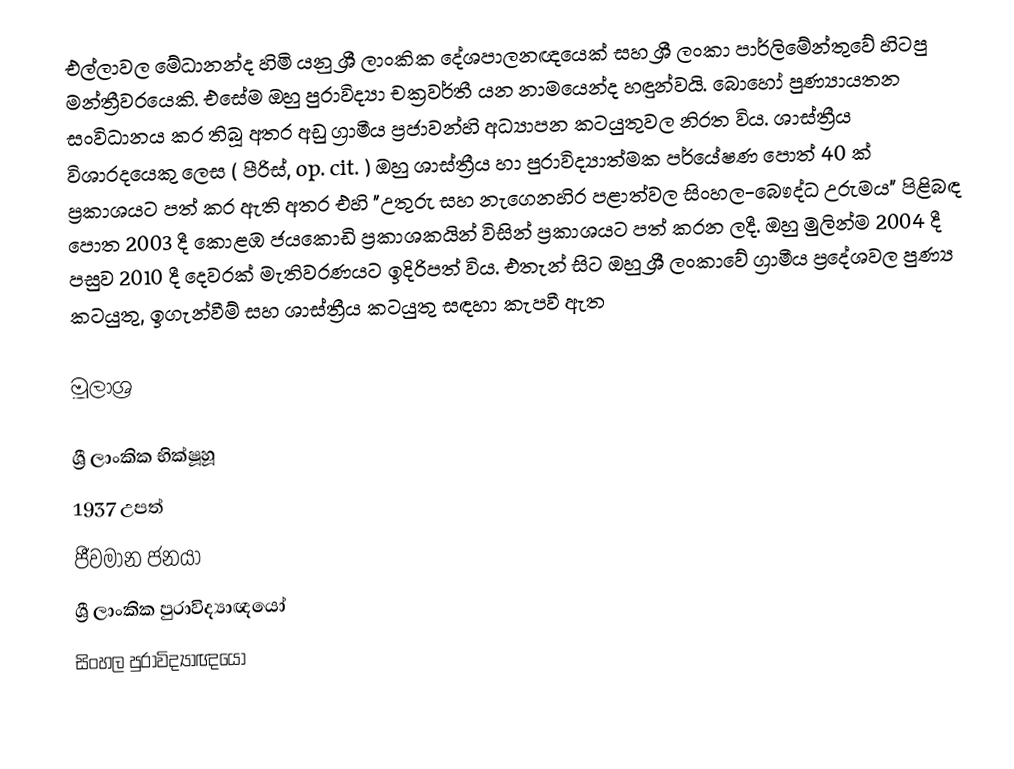
එල්ලාවල මේධානන්ද හිමි යනු ශ්‍රී ලාංකික දේශපාලනඥයෙක් සහ ශ්‍රී ලංකා පාර්ලිමේන්තුවේ හිටපු මන්ත්‍රීවරයෙකි. එසේම ඔහු පුරාවිද්‍යා චක්‍රවර්තී යන නාමයෙන්ද හඳුන්වයි.   බොහෝ පුණ්‍යායතන සංවිධානය කර තිබූ අතර අඩු ග්‍රාමීය ප්‍රජාවන්හි අධ්‍යාපන කටයුතුවල නිරත විය.  ශාස්ත්‍රීය විශාරදයෙකු ලෙස ( පීරිස්, op. cit. ) ඔහු ශාස්ත්‍රීය හා පුරාවිද්‍යාත්මක පර්යේෂණ පොත් 40 ක් ප්‍රකාශයට පත් කර ඇති අතර එහි "උතුරු සහ නැගෙනහිර පළාත්වල සිංහල-බෞද්ධ උරුමය" පිළිබඳ පොත 2003 දී කොළඹ ජයකොඩි ප්‍රකාශකයින් විසින් ප්‍රකාශයට පත් කරන ලදී.   ඔහු මුලින්ම 2004 දී පසුව 2010 දී දෙවරක් මැතිවරණයට ඉදිරිපත් විය. එතැන් සිට ඔහු ශ්‍රී ලංකාවේ ග්‍රාමීය ප්‍රදේශවල පුණ්‍ය කටයුතු, ඉගැන්වීම් සහ ශාස්ත්‍රීය කටයුතු සඳහා කැපවී ඇත

මූලාශ්‍ර

ශ්‍රී ලාංකික භික්ෂූහූ
1937 උපත්
ජීවමාන ජනයා
ශ්‍රී ලාංකික පුරාවිද්‍යාඥයෝ
සිංහල පුරාවිද්‍යාඥයෝ